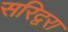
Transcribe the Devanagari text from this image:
सरिद्वरा